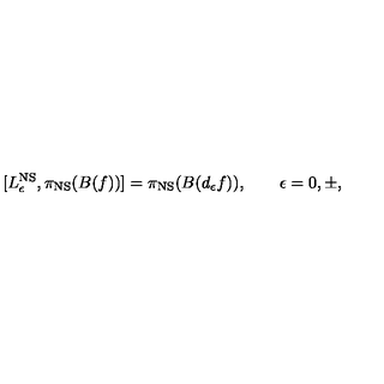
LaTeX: [ L _ { \epsilon } ^ { \mathrm { N S } } , \pi _ { \mathrm { N S } } ( B ( f ) ) ] = \pi _ { \mathrm { N S } } ( B ( d _ { \epsilon } f ) ) , \qquad \epsilon = 0 , \pm ,